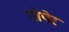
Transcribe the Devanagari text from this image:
गोपेर